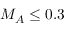
M _ { A } \leq 0 . 3